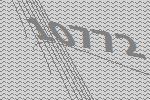
10772